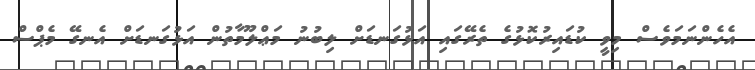
އެހެންނަމަވެސް މިވީ ކުޑައިރުކޮޅުގެ ތެރޭގައި އަޅުގަނޑަށް ލިބުނު މަޢްލޫމާތުން އަޅުގަނޑަށް އެނގޭ މެޕްސް